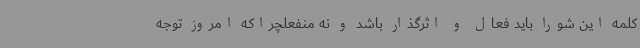
کلمه این شورا باید فعال و اثرگذار باشد و نه منفعلچراکه امروز توجه